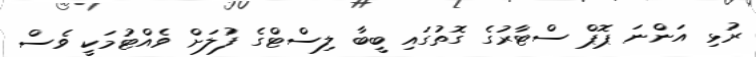
ރުޅި އަންނަ ޕޮޕް ސްޓާރުގެ ގޮތުގައި ބީބާ ލިސްޓްގެ ފުލަށް ވެއްޓުމަކީ ވެސް